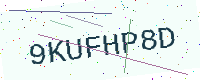
Text: 9KUFHP8D